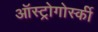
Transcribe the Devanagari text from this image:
ऑस्ट्रोगोर्स्की